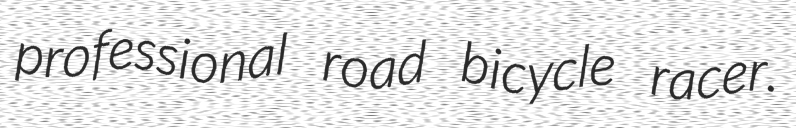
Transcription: professional road bicycle racer.